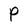
Character: P